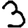
Digit: 3